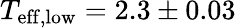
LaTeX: T_{\mathrm{eff,low}}=2.3\pm 0.03